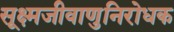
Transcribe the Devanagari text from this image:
सूक्ष्मजीवाणुनिरोधक